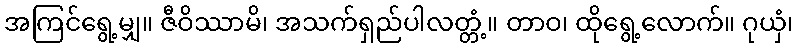
အကြင်ရွေ့မျှ။ ဇီဝိဿာမိ၊ အသက်ရှည်ပါလတ္တံ့။ တာဝ၊ ထိုရွေ့လောက်။ ဂုယှံ၊